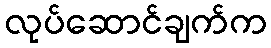
လုပ်ဆောင်ချက်က